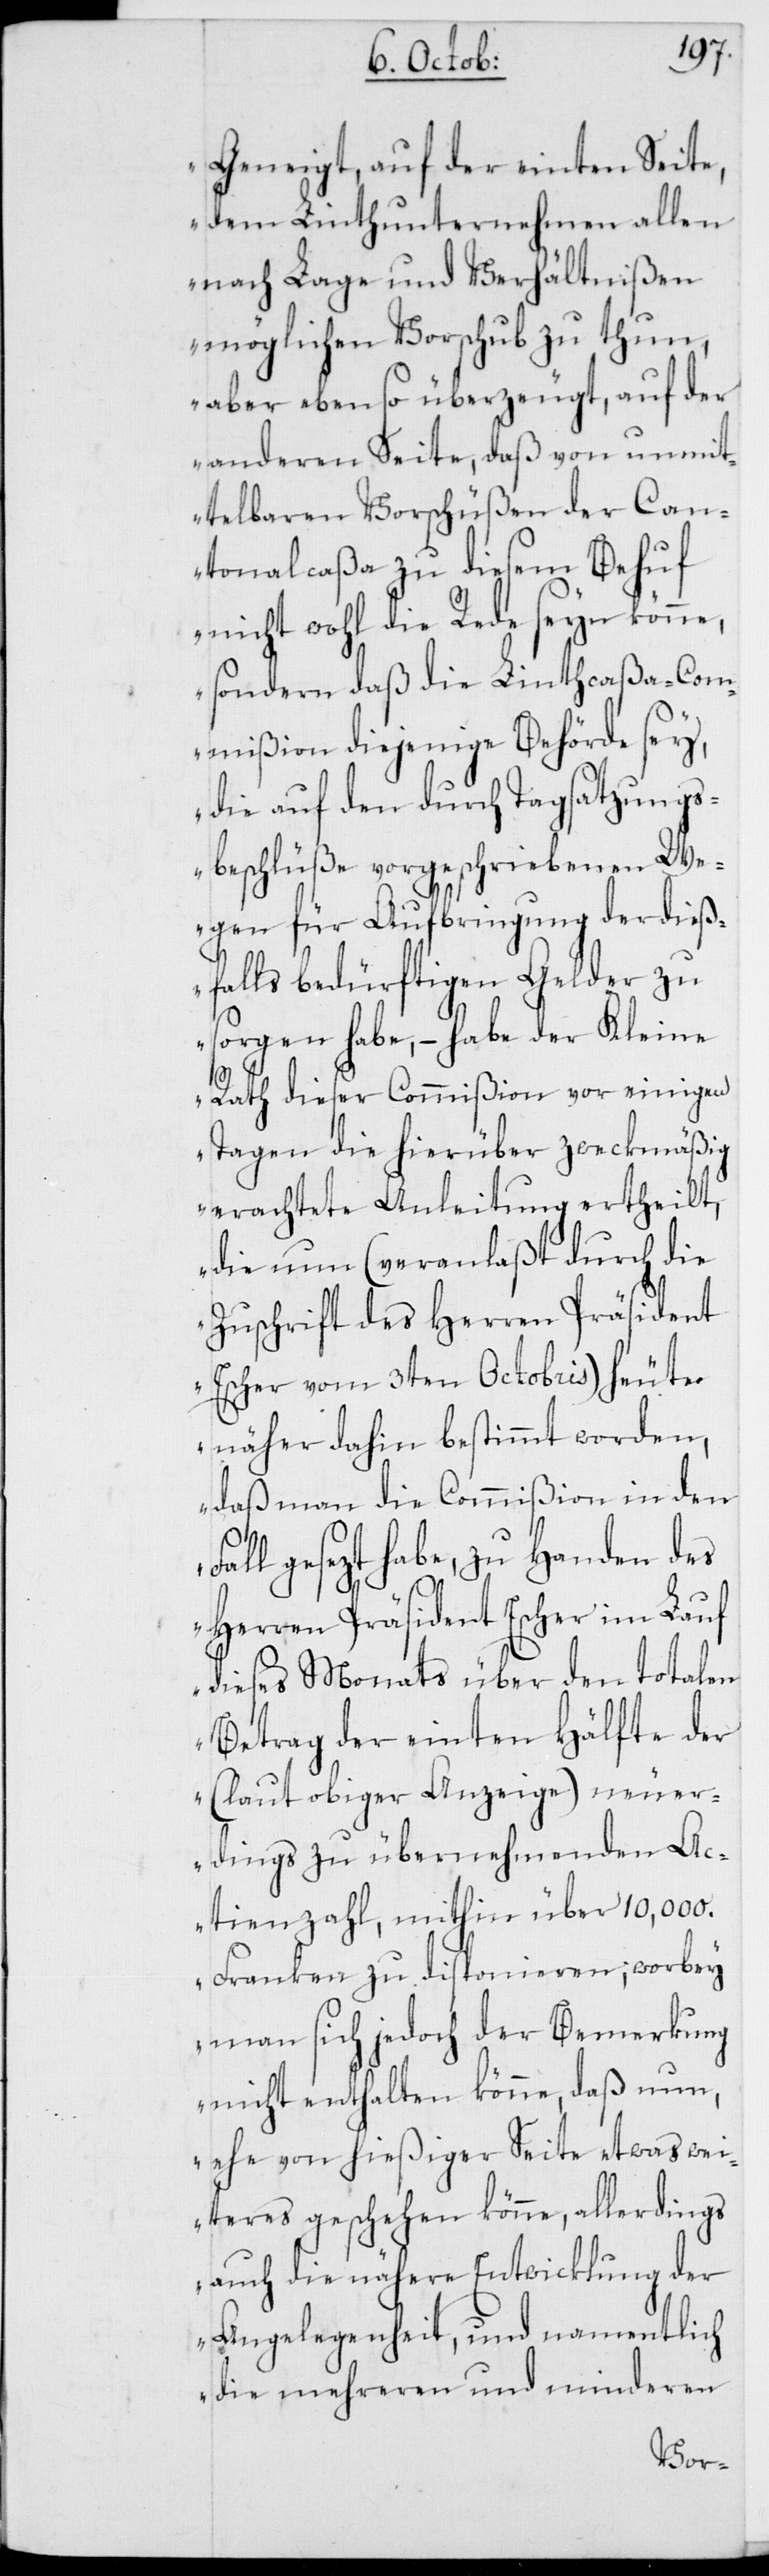
Geneigt, auf der einten Seite,
dem Linthunternehmen allen
nach Lage und Verhältnißen
möglichen Vorschub zu tun,
aber ebenso überzeugt, auf der
anderen Seite, daß von unmit¬
telbaren Vorschüßen der Can¬
tonalcaßa zu diesem Behuf
nicht wohl die Rede seyn könne,
sondern daß die Linthcaßa-Co¬
mmißion diejenige Behörde sey,
die auf den durch Tagsatzungs¬
beschlüße vorgeschriebenen We¬
gen für Aufbringung der dieß¬
falls bedürftigen Gelder zu
sorgen habe, – habe der Kleine
Rath dieser Commißion vor einigen
Tagen die hierüber zweckmäßig
erachtete Anleitung ertheilt,
die nun (veranlaßt durch die
Zuschrift des Herren Präsident
Escher vom 3ten Octobris) heute
näher dahin bestimmt worden,
daß man die Commißion in den
Fall gesezt habe, zu Handen des
Herren Präsident Escher im Lauf
dieses Monats über den totalen
Betrag der einten Hälfte der
(laut obiger Anzeige) neuer¬
dings zu übernehmenden Ac¬
tienzahl, mithin über 10,000.
Franken zu disponieren; worbey
man sich jedoch der Bemerkung
nicht enthalten könne, daß nun,
ehe von hießiger Seite etwas wei¬
teres geschehen könne, allerdings
auch die nähere Entwicklung der
Angelegenheit, und namentlich
die mehreren und minderen